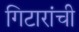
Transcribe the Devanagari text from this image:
गिटारांची